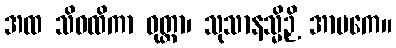
အထ သိဝထိကာ ဝုတ္တာ၊ သုသာနသ္မိဉှိ အာမကေ။